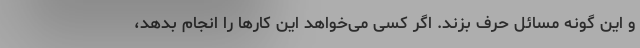
و این گونه مسائل حرف بزند. اگر کسی می‌خواهد این کارها را انجام بدهد،